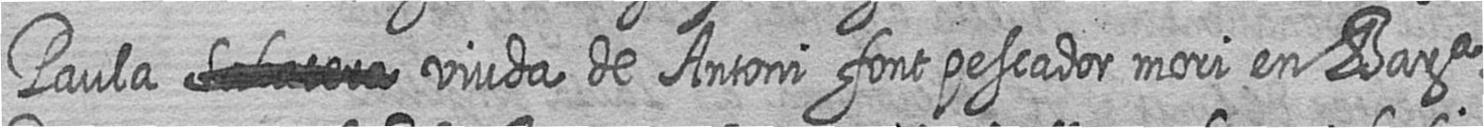
Paula # viuda de Antoni font pescador mori en Bara